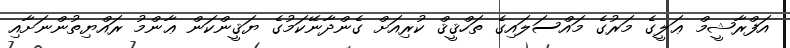
އަފްރާޝީމް ޢަލީގެ މަރުގެ މައްސަލައިގެ ތަހްޤީޤް ކުރިއަށް ގެންދާނޭކަމުގެ ޔަޤީންކަން ޢާންމު ރައްޔިތުންނަށާއި